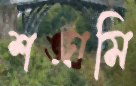
শঙ্ঘমি